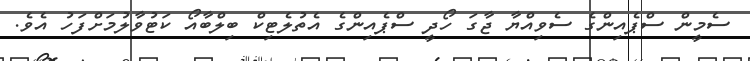
ސެމީން ސްޕެއިންގެ ސެވިއްޔާ ޖާގަ ހޯދީ ސްޕެއިންގެ އެތުލެޓިކް ބިލްބާއޯ ކަޓުވާލުމަށްފަހު އެވެ.